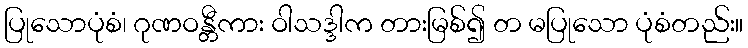
ပြုသောပုံစံ၊ ဂုဏဝန္တီကား ဝါသဒ္ဒါက တားမြစ်၍ တ မပြုသော ပုံစံတည်း။